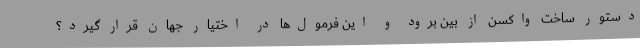
دستور ساخت واکسن از بین برود و این فرمول‌ها در اختیار جهان قرار گیرد؟